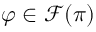
\varphi \in { \mathcal { F } } ( \pi )